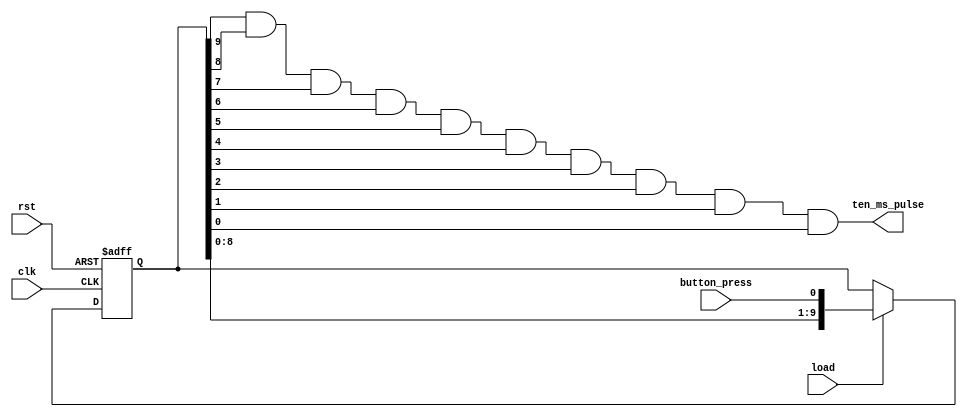
`timescale 1ns / 1ps
//////////////////////////////////////////////////////////////////////////////////
// Company: 
// Engineer: 
// 
// Design Name: 
// Module Name: ten_bit_shift
// Project Name: 
// Target Devices: 
// Tool Versions: 
// Description: 
// 
// Dependencies: 
// 
// Revision:
// Revision 0.01 - File Created
// Additional Comments:
// 
//////////////////////////////////////////////////////////////////////////////////

//ten bit shift register that shifts its bits to the left, and replaces its
//least signficant bit with button press when load is 1
//When entire register is full 1's, this means that 10ms have passed, and
//it will send out its ten ms pulse signal to our positive edge detect circuit (PED)
//10ms is enough time for the "chatter" to go away
module ten_bit_shift(
    input clk,
    input rst,
    input load, //input signal received from button pulse (high active every 1ms)
    input button_press, //input signal received from button being pressed on FPGA
    output wire ten_ms_pulse //output signal that is sent to PED
    );
    
    reg [9:0] ten_ms; // 10 bit counter 
    
    assign ten_ms_pulse = ten_ms[9] & ten_ms[8] & ten_ms[7] & ten_ms[6] & ten_ms[5]
                        & ten_ms[4] & ten_ms[3] & ten_ms[2] & ten_ms[1] & ten_ms[0];
    // sends out a pulse when this register is entirely comprised of 1's from the button press, meaning 10ms have passed                    
    always@(posedge clk, posedge rst)
        if (rst)
            ten_ms <= 10'b0;
        else if (load) // shifts bits to the left and replaces least significant bit with value of button_press
            ten_ms <= {ten_ms[8:0], button_press};
endmodule